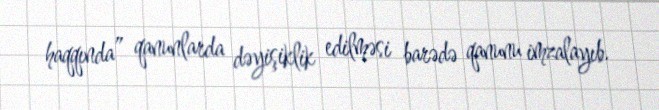
haqqında” qanunlarda dəyişiklik edilməsi barədə qanunu imzalayıb.